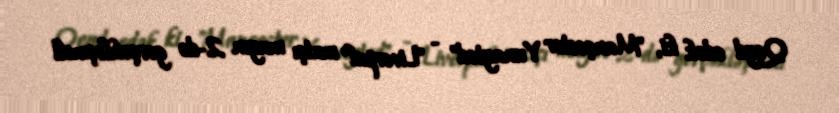
Qeyd edək ki, "Mançester Yunayted" - "Liverpul" matçı mayın 2-də gerçəkləşməli